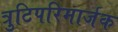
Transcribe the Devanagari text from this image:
त्रुटिपरिमार्जक